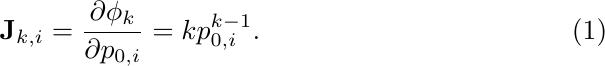
\begin{equation}\label{eq:constraint_jacobian}
\mathbf{J}_{k,i} = \frac{\partial \phi_k}{\partial p_{0,i}} = k p_{0,i}^{k-1}.
\end{equation}